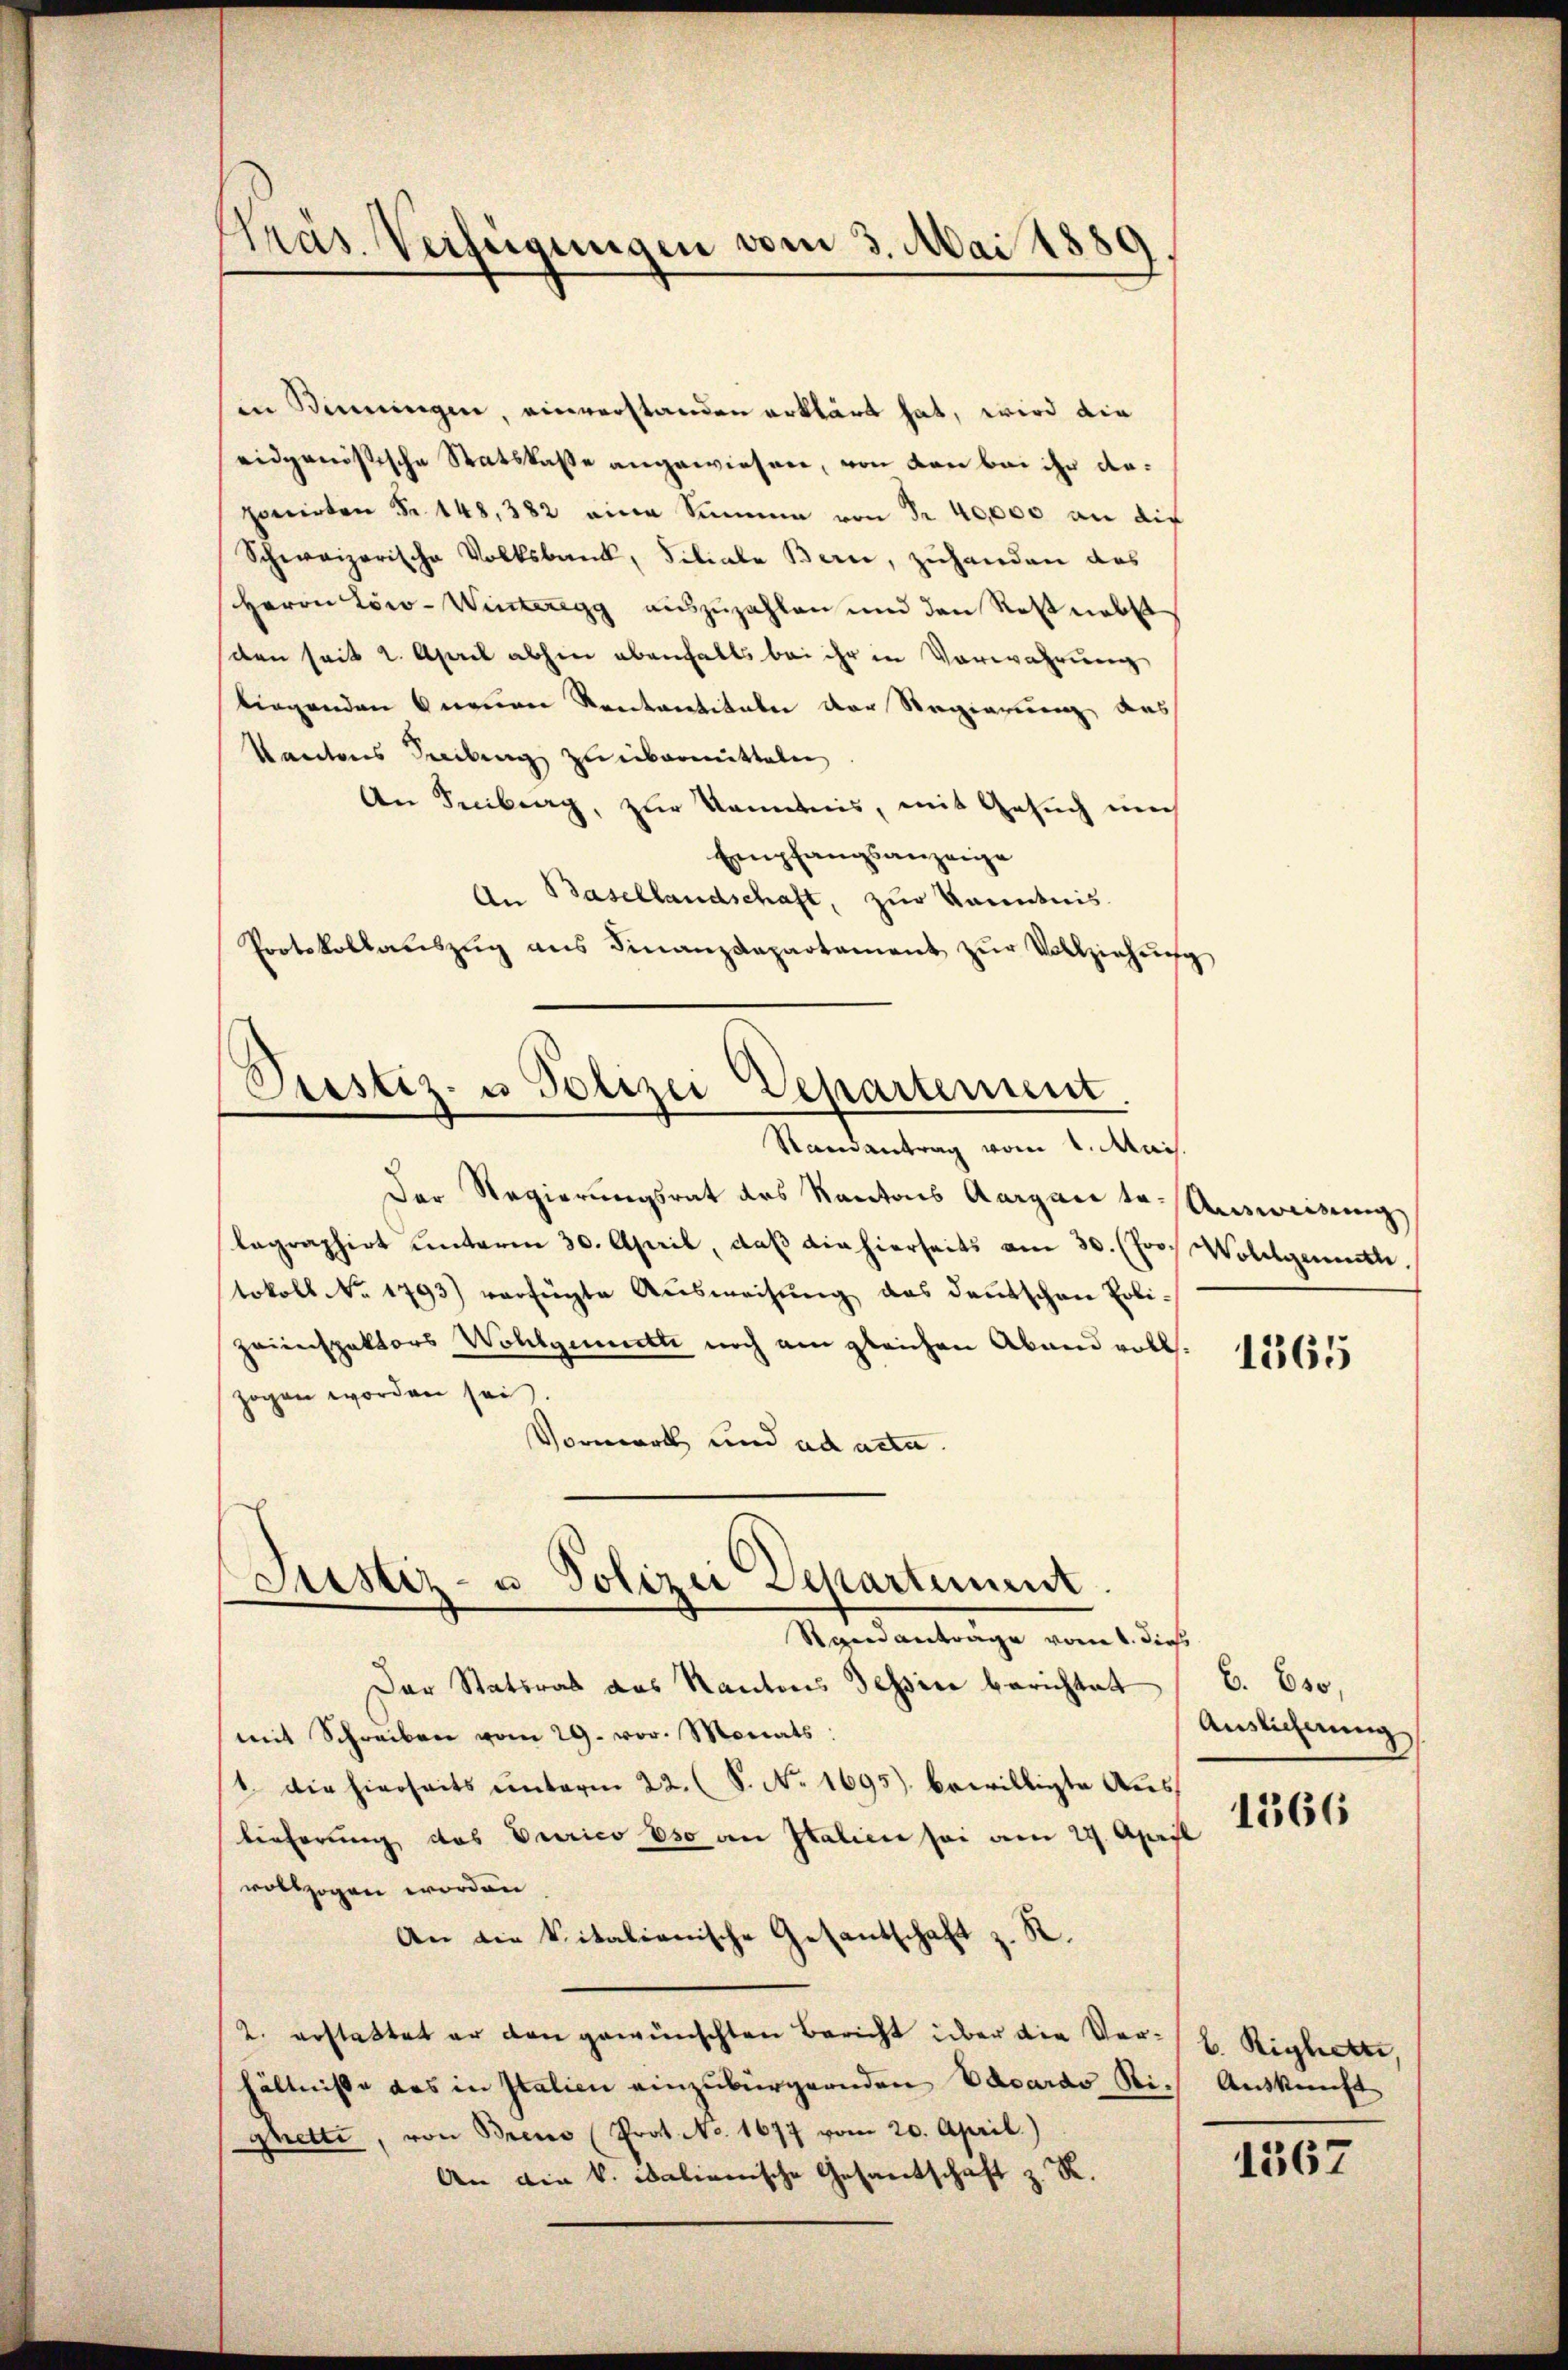
präs. Verfügungen vom 3. Mai 1889.

in Stimmungen, einverstanden erklärt hat, wird die
eidgenössische Statskasse angewiesen, von von bei ihr daponirten Fr. 148,382 eine Simmen von Fr. 40,000 an die
Schweizerische Volksbank, Filiale Bern, zuhanden das
Herrn Loco-Winteregg auszuzahlen und den Rest nebst
den seit 2. April abhin ebenfalls bei ihr in Vorwahrung
liegenden neuen Kontantikale der Regierung, das
Kantons Teilung zu übermitteln
An Freiburg, zur Kenntnis, mit Gesuch mich
Empfangsanzeige
An Basellandschaft, zur kanntnis.
Protokollaŭszŭg ans Finanzdepartament zŭr Vollziehŭng
Randantrag vom 1. Mais.
Der Regierungsrat des Kantons Aargau te. Ausweisung
lagraphirt unterm 30. April, daβ die hierseits am 30. (Joo. Wollgemuth
tokoll No 1793) verfügte Aŭsweisŭng das deutschen Poli¬
Zeiinspektors Wohlgemetti noch am gleichen Abnen voll.
zogen worden sei.
Vormerk und ad acta.
Sistiz- u Polizei Separtement.
Standanträge vom 1. dieß
Der Statsrat das Kantons Tessin berichtet (C. Eso,
mit Schreiben vom 29. vor. Monats
st. Die hierseits unterm 22. (S. No. 1695), bewilligte Auslieferung das Berico es an Italien sei am 29. April
vollzogen worden
An die Vitalienische Gesantschaft z. R.
2. erstattet er den gewünschten Bericht über die Ver- E. Riglickte
hältnisse das in Italien einzubürgernden Eduardo Ri- Auskunft
ghetti, von Brens (Prot. No. 1677 vom 20. April.)
An die k. italienische Gesandschaft z. R.

Pustiz- u Polizei Departement

1365

Auslicherung

1366

1367